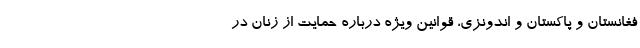
فغانستان و پاکستان و اندونزی، قوانین ویژه درباره حمایت از زنان در